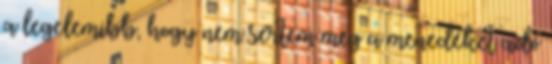
a legelemibb, hogy nem sértem meg a menedéket adó